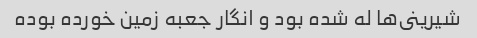
شیرینى‌ها له شده بود و انگار جعبه زمین خورده بوده